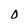
Character: O